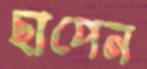
ছাপেন